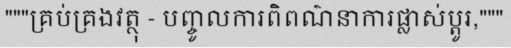
"""គ្រប់គ្រងវត្ថុ - បញ្ចូលការពិពណ៌នាការផ្លាស់ប្តូរ,"""